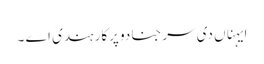
ایہناں دی سرجنا دو پرکار ہندی اے ۔